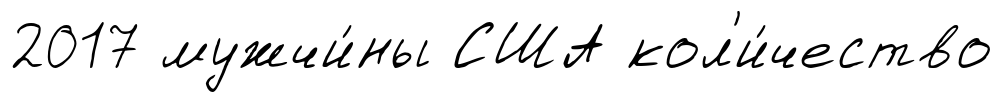
2017 мужчи́ны США кол'и́чество